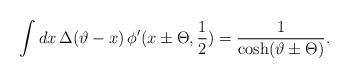
LaTeX: \begin{align*}\displaystyle\int dx\, \Delta (\vartheta -x)\, \phi '(x\pm \Theta ,\displaystyle\frac{1}{2})=\displaystyle\frac{1}{\cosh (\vartheta \pm \Theta )}.\end{align*}